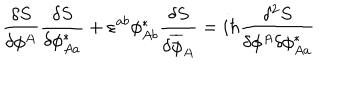
\frac { \delta S } { \delta \phi ^ { A } } \frac { \delta S } { \delta \phi _ { A a } ^ { \ast } } + \varepsilon ^ { a b } \phi _ { A b } ^ { \ast } \frac { \delta S } { \delta \overline { { { \phi } } } _ { A } } = i \hbar \frac { \delta ^ { 2 } S } { \delta \phi ^ { A } \delta \phi _ { A a } ^ { \ast } }